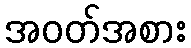
အဝတ်အစား